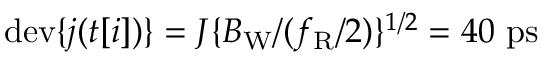
\mathrm { d e v } \{ j ( t [ i ] ) \} = J \{ B _ { \mathrm { W } } / ( f _ { \mathrm { R } } / 2 ) \} ^ { 1 / 2 } = 4 0 ~ \mathrm { p s }